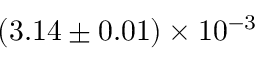
( 3 . 1 4 \pm 0 . 0 1 ) \times 1 0 ^ { - 3 }